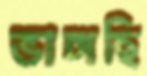
ভাঙ্গছি